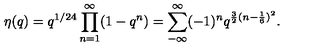
\eta ( q ) = q ^ { 1 / 2 4 } \prod _ { n = 1 } ^ { \infty } ( 1 - q ^ { n } ) = \sum _ { - \infty } ^ { \infty } ( - 1 ) ^ { n } q ^ { \frac { 3 } { 2 } ( n - \frac { 1 } { 6 } ) ^ { 2 } } .